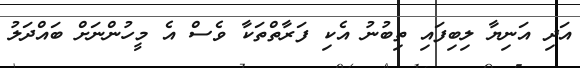
އަދި އަނިޔާ ލިބިފައި ތިބުނު އެކި ފަރާތްތަކާ ވެސް އެ މީހުންނަށް ބައްދަލު